Annual returns of the Patna Lunatic Asylum at Bankipore in Bihar and Orissa - 1912-1924
Year: 1912
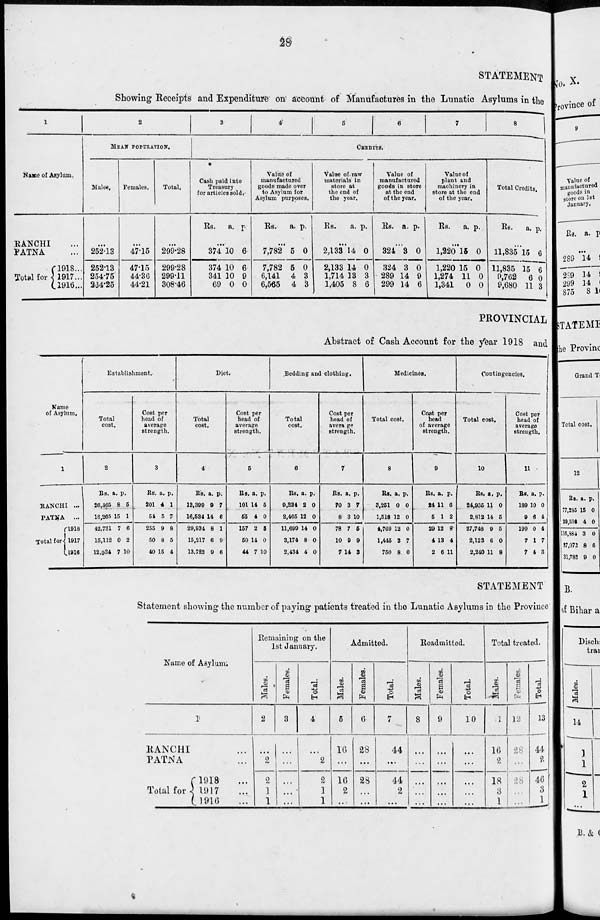
28
STATEMENT
Showing Receipts and Expenditure on account of Manufactures in the Lunatic Asylums in the
1
Name of Asylum
RANCHI ...
PATNA ...
Total for
1918...
1917...
1916...
2
MEAN POPULATION.
Males.
...
252.13
252.13
254.75
264.25
Females.
...
47.15
47.15
44.36
44.21
Total.
...
299.28
299.28
299.11
308.46
3
4
5
6
7
8
CREDITS.
Cash paid into
Treasury
for articles sold.
Rs. a. p.
...
374
374
341
69
10
10
10
0
6
6
9
0
Value of
manufactured
goods made over
to Asylum for
Asylum purposes.
Rs.
a. p.
...
7,782
7,782
6,141
6,565
5
5
4
4
0
0
3
3
Value of raw
materials in
store at
the end of
the year.
Rs.
a. p.
...
2,133
2,133
1,714
1,405
14
14
13
8
0
0
3
6
Value of
manufactured
goods in store
at the end
of the year.
Rs. a. p.
...
324
324
289
299
3
3
14
14
0
0
9
6
Value of
plant and
machinery in
store at the end
of the year.
Rs.
a. p.
...
1,220
1,220
1,274
1,341
15
15
11
0
0
0
0
0
Total Credits.
Rs. a. p.
...
11,835
11,835
9,762
9,680
15
15
6
11
6
6
0
3
PROVINCIAL
Abstract of Cash Account for the year 1918 and
Name
of Asylum.
1
RANCHI ...
PATNA
...
Total for
1918
1917
1916
Establishment.
Total
cost.
2
Rs.
26,465
16,265
42,731
15,112
12,934
a.
8
15
7
0
7
p.
5
1
6
2
10
Cost per
head of
average
strength.
3
Rs.
201
54
255
50
40
a.
4
5
9
8
15
p.
1
7
8
5
4
Diet.
Total
cost.
4
Rs.
13,399
16,534
29,934
15,217
13,722
a.
9
14
8
6
9
p.
7
6
1
9
6
Cost per
head of
average
strength.
5
Rs.
101
55
157
50
44
a.
14
4
2
14
7
p.
5
0
5
0
10
Bedding and clothing.
Total
cost.
6
Rs.
9,234
2,465
11,699
3,174
2,434
a.
2
12
14
8
4
p.
0
0
0
0
0
Cost per
head of
average
strength.
7
Rs.
70
8
78
10
7
a.
3
3
7
9
14
p.
7
10
5
9
3
Medicines.
Total cost.
8
Rs.
3,251
1,518
4,769
1,445
750
a.
0
12
12
3
8
p.
0
0
0
7
0
Cost per
head
of average
strength.
9
Rs.
24
5
28
4
2
a.
11
1
12
13
6
p.
6
2
8
4
11
Contingencies.
Total cost.
10
Rs.
24,935
2,812
27,748
2,123
2,240
a.
11
14
9
6
11
p.
0
6
5
0
8
Cost per
head of
average
strength.
11
Rs.
189
9
199
7
7
a.
10
6
0
1
4
p.
0
4
4
7
3
STATEMENT
Statement showing the number of paying patients treated in the Lunatic Asylums in the Province
Name of Asylum.
1
RANCHI ...
PATNA ...
Total for
1918 ...
1917 ...
1916 ...
Remaining on the
1st January.
Males.
2
...
2
2
1
1
Females.
3
...
...
...
...
...
Total.
4
...
2
2
1
1
Admitted.
Males.
5
16
...
16
2
...
Females.
6
28
...
28
...
...
Total.
7
44
...
44
2
...
Readmitted.
Males.
8
...
...
...
...
...
Females.
9
...
...
...
...
...
Total.
10
...
...
...
...
...
Total treated.
Males.
11
16
2
18
3
1
Females.
12
28
...
28
...
...
Total.
13
44
2
46
3
1